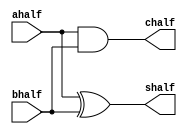
/*------------------------------------------------------------------*/
/*                                                                  */
/*                                                                  */
/*                                                                  */
/*                                                                  */
/*                         ALU                                      */
/*                         CHETANYA GOYAL                           */
/*                         AJIT S                                   */
/*                                                                  */
/*                                                                  */
/*                                                                  */
/*------------------------------------------------------------------*/

module halfadder(ahalf, bhalf, shalf, chalf);

input ahalf;
input bhalf;
output shalf;
output chalf;

xor x1(shalf, ahalf, bhalf);
and a1(chalf, ahalf, bhalf);

endmodule

module fulladder(afull, bfull, cfullin, sfull, cfull);

input afull;
input bfull;
input cfullin;
output sfull;
output cfull;
wire x, y, z;

halfadder h1(afull, bfull, x, y);
halfadder h2(cfullin, x, sfull, z);
or o1(cfull, y, z);

endmodule

module ADD(a, b, s, overflow);

input [63:0] a;
input [63:0] b;
output [63:0] s;
output overflow;

wire control;
wire [63:0] xorout;
wire [63:0] carry;

//control 1 for subtraction, 0 for addition 

assign control = 1'b0;
genvar i;
generate 
    for (i = 0; i < 64; i = i + 1)
        begin
            xor x(xorout[i], b[i], control);
        end
endgenerate

genvar j;
generate
    for (j = 0; j < 64; j = j + 1)
    begin
        if (j == 0)
            fulladder f(a[j], xorout[j], control, s[j], carry[j]);
        else 
            fulladder f(a[j], xorout[j], carry[j - 1], s[j], carry[j]);
    end
endgenerate

//assign overflow = (a[3] ^ b[3]) ? 0 : (s[3] ^ a[3]);
xor x4 (overflow, carry[63], carry[62]);

endmodule


module SUB(a, b, d, overflow);

input [63:0] a;
input [63:0] b;
output [63:0] d;
output overflow;

wire control;
wire [63:0] xorout;
wire [63:0] carry;

//control 1 for subtraction, 0 for addition 

assign control = 1'b1;
genvar i;
generate 
    for (i = 0; i < 64; i = i + 1)
        begin
            xor x(xorout[i], b[i], control);
        end
endgenerate

genvar j;
generate
    for (j = 0; j < 64; j = j + 1)
    begin
        if (j == 0)
            fulladder f(a[j], xorout[j], control, d[j], carry[j]);
        else 
            fulladder f(a[j], xorout[j], carry[j - 1], d[j], carry[j]);
    end
endgenerate
//assign overflow = (a[3] ^ b[3]) ? 0 : (d[3] ^ a[3]);

xor x4 (overflow, carry[63], carry[62]);

endmodule

module AND(a, b, out);

// inputs A and B
// output out 
// bitwise AND operation

input [63:0] a;
input [63:0] b;
output [63:0] out;

genvar i;
generate
    for (i = 0; i < 64; i = i + 1)
    begin
        and a(out[i], a[i], b[i]);
    end
endgenerate

endmodule

module XOR(a, b, out);

// inputs A and B
// output out 
// bitwise XOR operation

input [63:0] a;
input [63:0] b;
output [63:0] out;

genvar i;
generate
    for (i = 0; i < 64; i = i + 1)
    begin
        xor x(out[i], a[i], b[i]);
    end
endgenerate

endmodule

module ALU(a, b, s, select, overflow);

input [63:0] a;
input [63:0] b;
input [1:0] select;

output reg [63:0] s;
output reg overflow;

wire signed [63:0] outtempadd;
wire signed [63:0] outtempsub;
wire signed [63:0] outtempand;
wire signed [63:0] outtempxor;
wire signed overflowtempadd, overflowtempsub;

ADD a1(a, b, outtempadd, overflowtempadd);
SUB s1(a, b, outtempsub, overflowtempsub);
AND and11(a, b, outtempand);
XOR x11(a, b, outtempxor);

always @(*)
begin
    if (select == 2'b00)
    begin
        s = outtempadd; //add
        overflow = overflowtempadd;
    end
    else if (select == 2'b01)
    begin
        s = outtempsub; //sub
        overflow = overflowtempsub;
    end
    else if (select == 2'b10)
    begin
        s = outtempand; //AND
    end
    else if (select == 2'b11)
    begin
        s = outtempxor; //XOR        
    end
end

endmodule